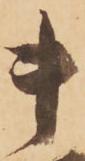
貴